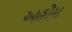
અહોમ